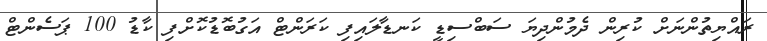
ރައްޔިތުންނަށް ކުރިން ދެމުންދިޔަ ސަބްސިޑީ ކަނޑާލައިފި ކަރަންޓް އަގުބޮޑުކޮށްފި ކާޑު 100 ޕަސެންޓް